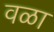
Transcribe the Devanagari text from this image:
वळा